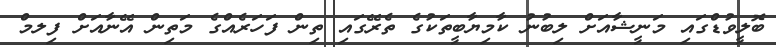
ބޮލީވުޑްގައި މަނީޝާއަށް ލިބުނު ކާމިޔާބީތަކުގެ ތެރޭގައި ތިން ފަހަރެއްގެ މަތިން އޭނާއަށް ފިލމް